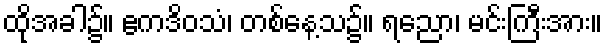
ထိုအခါ၌။ ဧကဒိဝသံ၊ တစ်နေ့သ၌။ ရညော၊ မင်းကြီးအား။